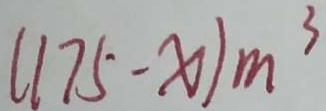
( 1 7 5 - x ) m ^ { 3 }